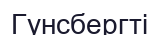
Гунсбергті